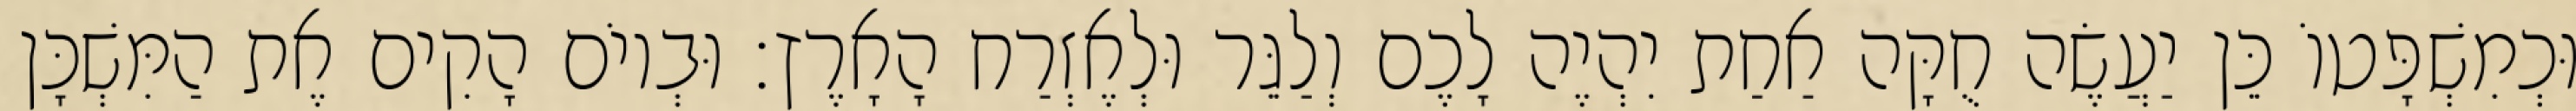
וּכְמִשְׁפָּטוֹ כֵּן יַעֲשֶׂה חֻקָּה אַחַת יִהְיֶה לָכֶם וְלַגֵּר וּלְאֶזְרַח הָאָרֶץ׃ וּבְיוֹם הָקִים אֶת הַמִּשְׁכָּן